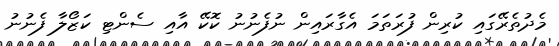
މެދުތެރޭގައި ކުރިން ފުރަތަމަ އެގާރައިން ނުފެނުނު ކޮކޭ އާއި ސެންޓި ކަޒޯލާ ފެނުނު